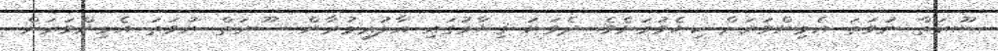
ސޫރަތް ނުވަތަ އެމިންވަރަށް ކިޔެވުމަށެވެ. ދެވަނަ ޤިޔާމުގައި އާލުޢިމުރާން ސޫރަތް ނުވަތަ އެމިންވަރަށް